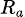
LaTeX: \scriptstyle{R_{a}}